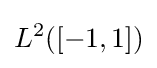
L^{2}([-1,1])